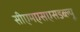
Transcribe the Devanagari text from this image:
सीएमएसएसडब्ल्यू